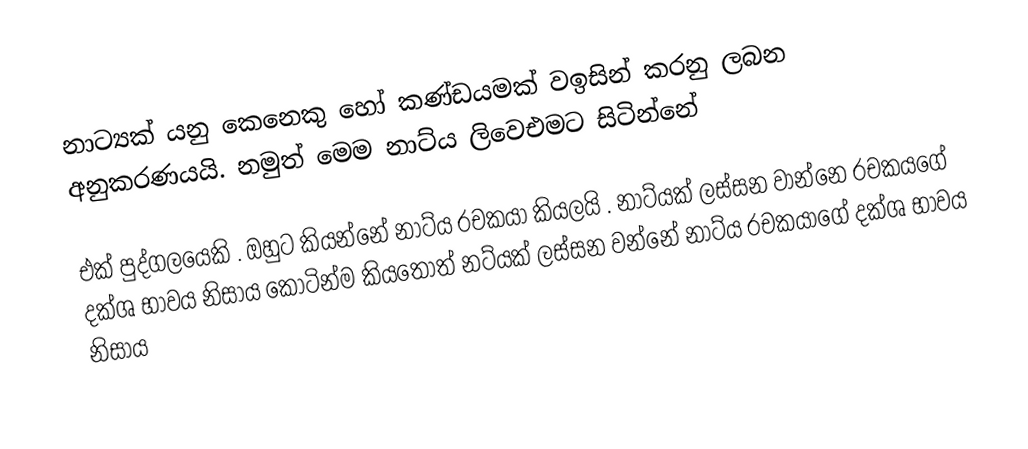
නාට්‍යක් යනු කෙනෙකු හෝ කණ්ඩයමක් වඉසින් කරනු ලබන අනුකරණයයි. නමුත් මෙම නාට්ය ලිවෙඑමට සිටින්නේ

එක් පුද්ගලයෙකි . ඔහුට කියන්නේ නාට්ය රචකයා කියලයි ‍. නාට්යක් ලස්සන වාන්නෙ රචකයගේ දක්ශ භාවය නිසාය කොටින්ම කියතොත් නට්යක් ලස්සන වන්නේ නාට්ය රචකයාගේ දක්ශ භාවය නිසාය